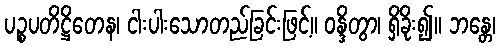
ပဉ္စပတိဋ္ဌိတေန၊ ငါးပါးသောတည်ခြင်းဖြင့်။ ဝန္ဒိတွာ၊ ရှိခိုး၍။ ဘန္တေ၊